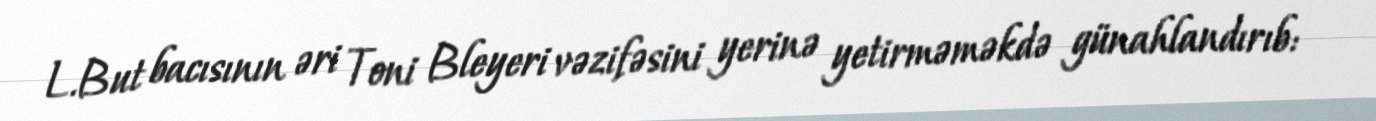
L.But bacısının əri Toni Bleyeri vəzifəsini yerinə yetirməməkdə günahlandırıb: